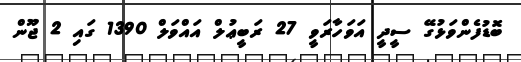
ބޮޑުފެންވަޅުގޭ ސީދީ އަވަހާރަވީ 27 ރަބީޢުލް އައްވަލް 1390 ގައި 2 ޖޫން